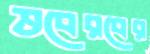
ভবেরবের